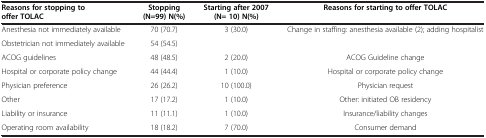
| Reasons for stopping to offer TOLAC | Stopping (N=99) N(%) | Starting after 2007 (N= 10) N(%) | Reasons for starting to offer TOLAC |
 | --- | --- | --- | --- |
 | Anesthesia not immediately available | 70 (70.7) | 3 (30.0) | Change in staffing: anesthesia available (2); adding hospitalist |
 | Obstetrician not immediately available | 54 (54.5) |  |  |
 | ACOG guidelines | 48 (48.5) | 2 (20.0) | ACOG Guideline change |
 | Hospital or corporate policy change | 44 (44.4) | 1 (10.0) | Hospital or corporate policy change |
 | Physician preference | 26 (26.2) | 10 (100.0) | Physician request |
 | Other | 17 (17.2) | 1 (10.0) | Other: initiated OB residency |
 | Liability or insurance | 11 (11.1) | 1 (10.0) | Insurance/liability changes |
 | Operating room availability | 18 (18.2) | 7 (70.0) | Consumer demand |